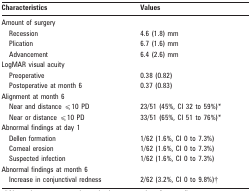
<table><thead><tr><td><b>Characteristics</b></td><td><b>Values</b></td></tr></thead><tbody><tr><td>Amount of surgery</td><td></td></tr><tr><td>Recession</td><td>4.6 (1.8) mm</td></tr><tr><td>Plication</td><td>6.7 (1.6) mm</td></tr><tr><td>Advancement</td><td>6.4 (2.6) mm</td></tr><tr><td>LogMAR visual acuity</td><td></td></tr><tr><td>Preoperative</td><td>0.38 (0.82)</td></tr><tr><td>Postoperative at month 6</td><td>0.37 (0.83)</td></tr><tr><td>Alignment at month 6</td><td></td></tr><tr><td>Near and distance ⩽10 PD</td><td>23/51 (45%, CI 32 to 59%)*</td></tr><tr><td>Near or distance ⩽10 PD</td><td>33/51 (65%, CI 51 to 76%)*</td></tr><tr><td>Abnormal findings at day 1</td><td></td></tr><tr><td>Dellen formation</td><td>1/62 (1.6%, CI 0 to 7.3%)</td></tr><tr><td>Corneal erosion</td><td>1/62 (1.6%, CI 0 to 7.3%)</td></tr><tr><td>Suspected infection</td><td>1/62 (1.6%, CI 0 to 7.3%)</td></tr><tr><td>Abnormal findings at month 6</td><td></td></tr><tr><td>Increase in conjunctival redness</td><td>2/62 (3.2%, CI 0 to 9.8%)†</td></tr></tbody></table>